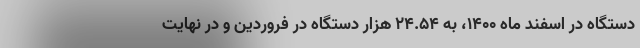
دستگاه در اسفند ماه ۱۴۰۰، به ۲۴.۵۴ هزار دستگاه در فروردین و در نهایت